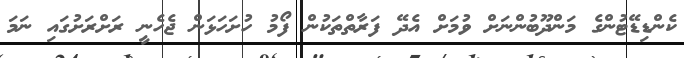
ކެންޑިޑޭޓުންގެ މަންދޫބުންނަށް ވުމަށް އެދޭ ފަރާތްތަކުން ފޯމު ހުށަހަޅަން ޖެހެނީ ރަށްރަށުގައި ނަމަ